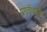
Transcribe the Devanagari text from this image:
प्रगतीवादी